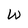
Character: W